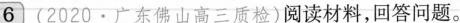
6 (2020 · 广东佛山高三质检)阅读材料，回答问题。